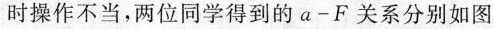
时操作不当，两位同学得到的a-F关系分别如图